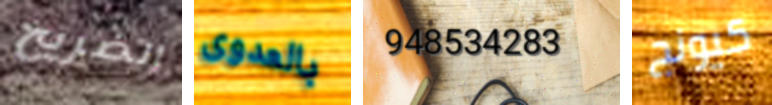
الضريح بالعدوى 948534283 كيونج